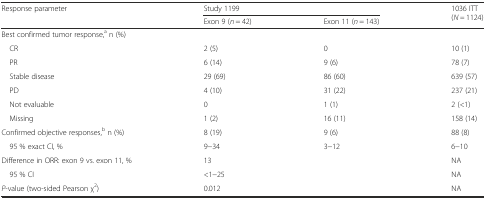
<table><thead><tr><td rowspan="2"><b>Response parameter</b></td><td colspan="2"><b>Study 1199</b></td><td rowspan="2"><b>1036 ITT (<i>N =</i> 1124)</b></td></tr><tr><td><b>Exon 9 (<i>n</i> = 42)</b></td><td><b>Exon 11 (<i>n</i> = 143)</b></td></tr></thead><tbody><tr><td>Best confirmed tumor response,<sup>a</sup> n (%)</td><td></td><td></td><td></td></tr><tr><td> CR</td><td>2 (5)</td><td>0</td><td>10 (1)</td></tr><tr><td> PR</td><td>6 (14)</td><td>9 (6)</td><td>78 (7)</td></tr><tr><td> Stable disease</td><td>29 (69)</td><td>86 (60)</td><td>639 (57)</td></tr><tr><td> PD</td><td>4 (10)</td><td>31 (22)</td><td>237 (21)</td></tr><tr><td> Not evaluable</td><td>0</td><td>1 (1)</td><td>2 (&lt;1)</td></tr><tr><td> Missing</td><td>1 (2)</td><td>16 (11)</td><td>158 (14)</td></tr><tr><td>Confirmed objective responses,<sup>b</sup> n (%)</td><td>8 (19)</td><td>9 (6)</td><td>88 (8)</td></tr><tr><td> 95 % exact CI, %</td><td>9−34</td><td>3−12</td><td>6−10</td></tr><tr><td>Difference in ORR: exon 9 vs. exon 11, %</td><td colspan="2">13</td><td>NA</td></tr><tr><td> 95 % CI</td><td colspan="2">&lt;1−25</td><td>NA</td></tr><tr><td><i>P</i>-value (two-sided Pearson χ<sup>2</sup>)</td><td colspan="2">0.012</td><td>NA</td></tr></tbody></table>